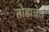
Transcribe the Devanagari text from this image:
तोडावेत